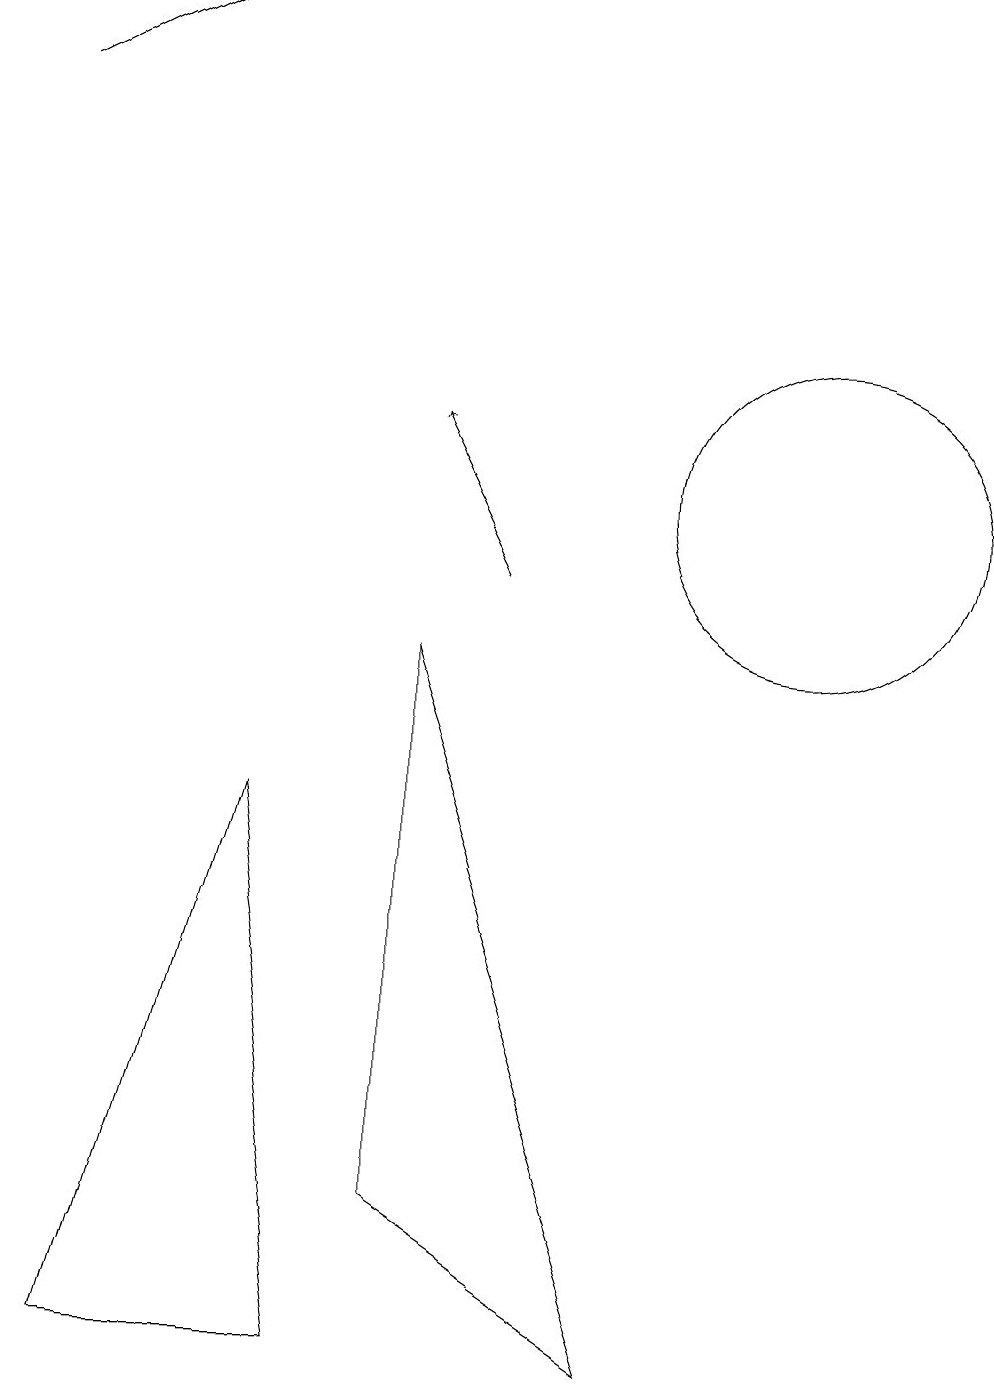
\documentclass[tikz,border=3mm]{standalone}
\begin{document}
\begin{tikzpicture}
\draw[->] (0,16) -- (2,17);
\draw[->] (6,10) -- (5,12);
\draw (5,9) -- (5,2) -- (8,0) -- cycle;
\draw (10,11) circle (2);
\draw (3,7) -- (1,0) -- (4,0) -- cycle;
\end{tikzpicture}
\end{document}